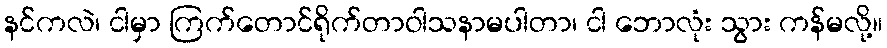
နင်ကလဲ၊ ငါမှာ ကြက်တောင်ရိုက်တာဝါသနာမပါတာ၊ ငါ ဘောလုံး သွား ကန်မလို့။